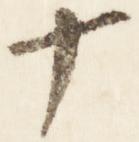
十